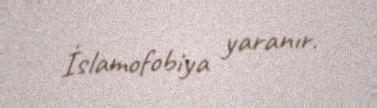
İslamofobiya yaranır.